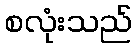
စလုံးသည်